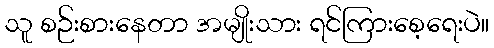
သူ စဉ်းစားနေတာ အမျိုးသား ရင်ကြားစေ့ရေးပဲ။